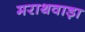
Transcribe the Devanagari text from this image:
मराथवाड़ा